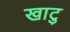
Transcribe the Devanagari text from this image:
खाटु